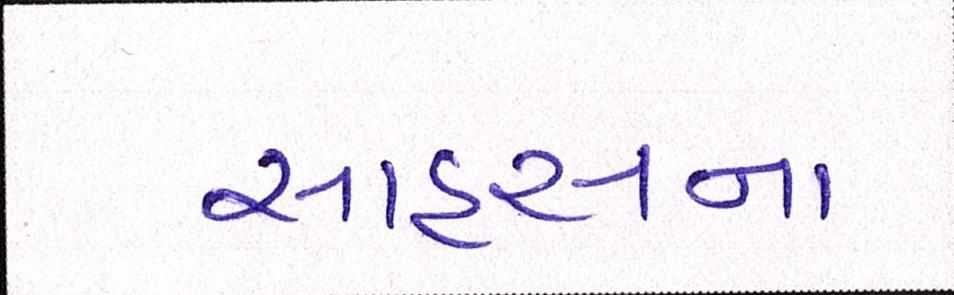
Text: સાહસના